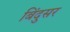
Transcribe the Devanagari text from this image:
बिंदुसर